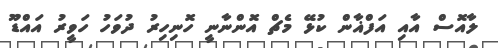
ލާއޮސް އާއި އަފްޣާން ކުޅޭ މެޗް އޮންނާނީ ހޮނިހިރު ދުވަހު ހަވީރު އައްޑޫ